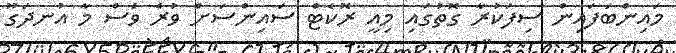
މައިންބަފައިން ސިފަކުރާ ގޮތުގައި މިއީ ރޮކެޓް ސައިންސަށް ވުރެ ވެސް މާ އުނދަގޫ